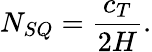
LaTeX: N_{SQ}=\frac{c_{T}}{2H}.